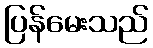
ပြန်မေးသည်